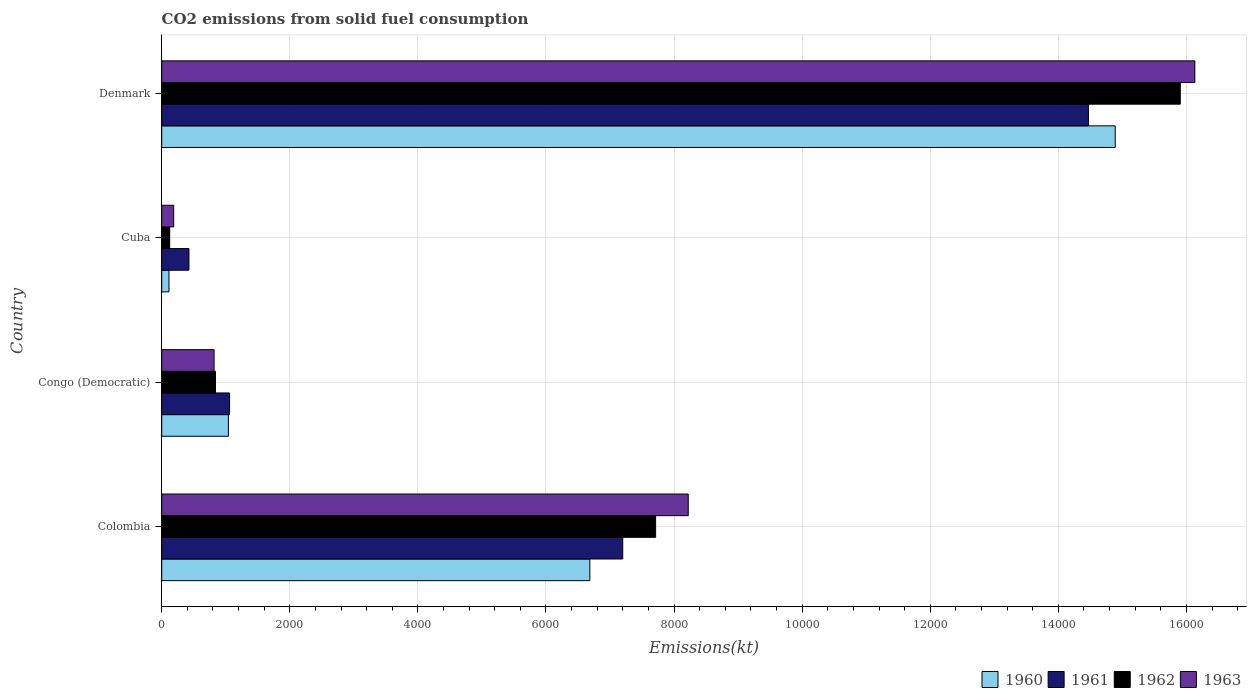
| Country | 1960 | 1961 | 1962 | 1963 |
 | --- | --- | --- | --- | --- |
 | Colombia | 6.68e+03 | 7.2e+03 | 7.71e+03 | 8.22e+03 |
 | Congo (Democratic) | 1.04e+03 | 1.06e+03 | 840 | 818 |
 | Cuba | 114 | 425 | 125 | 187 |
 | Denmark | 1.49e+04 | 1.45e+04 | 1.59e+04 | 1.61e+04 |